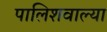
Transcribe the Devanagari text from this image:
पालिशवाल्या